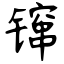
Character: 镩